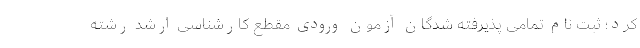
کرد؛ ثبت نام تمامی پذیرفته شدگان آزمون ورودی مقطع کارشناسی ارشد رشته